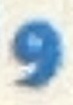
و